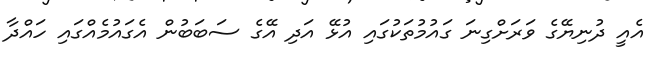
އެއީ ދުނިޔޭގެ ވަރަށްގިނަ ގައުމުތަކުގައި އުޅޭ އަދި އޭގެ ސަބަބުން އެގައުމެއްގައި ހައްދާ